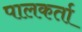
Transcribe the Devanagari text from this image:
पालकर्ता